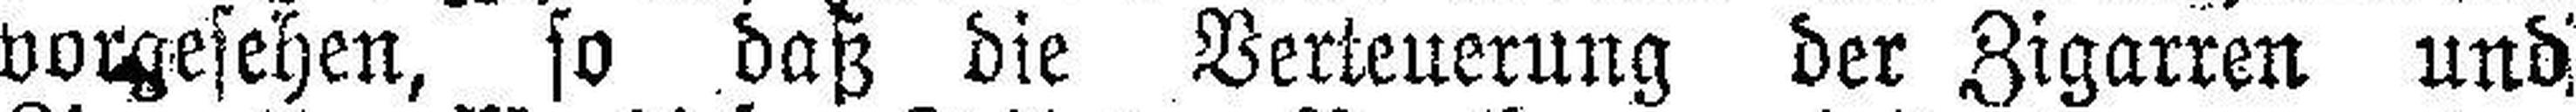
vorgesehen, so daß die Verteuerung der Zigarren und